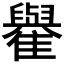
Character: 𩁕